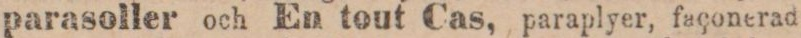
parasoller och En tout Cas, paraplyer, façonerad